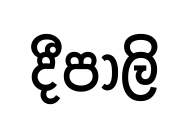
දීපාලි